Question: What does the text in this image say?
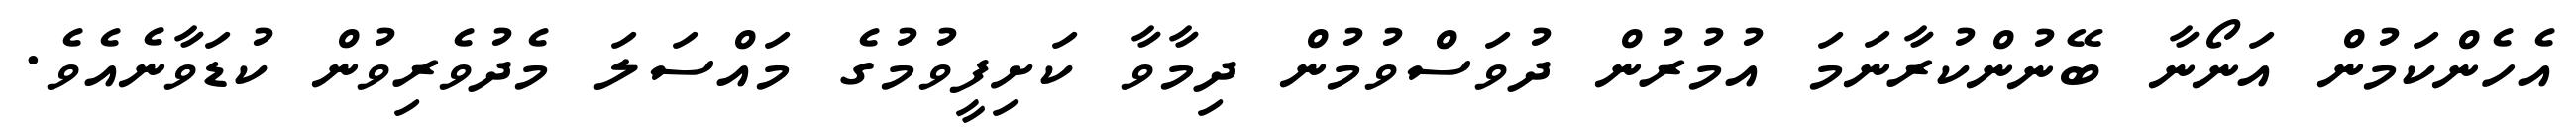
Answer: އެހެންކަމުން އަނޯނާ ބޭނުންކުރާނަމަ އުމުރުން ދުވަސްވުމުން ދިމާވާ ކަށިފީވުމުގެ މައްސަލަ މެދުވެރިވުން ކުޑަވާނެއެވެ.